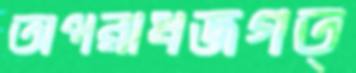
অপরাধজগত্